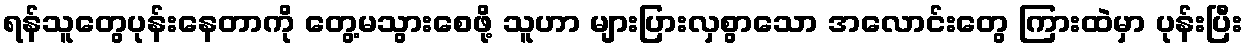
ရန်သူတွေပုန်းနေတာကို တွေ့မသွားစေဖို့ သူဟာ များပြားလှစွာသော အလောင်းတွေ ကြားထဲမှာ ပုန်းပြီး